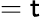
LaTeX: =\mathsf{t}